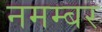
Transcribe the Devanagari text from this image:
नमम्बर